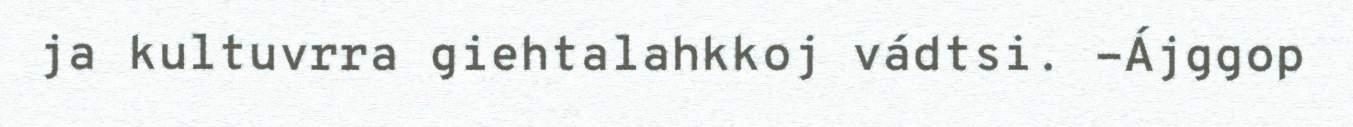
ja kultuvrra giehtalahkkoj vádtsi. -Ájggop